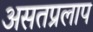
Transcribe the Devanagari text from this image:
असतप्रलाप